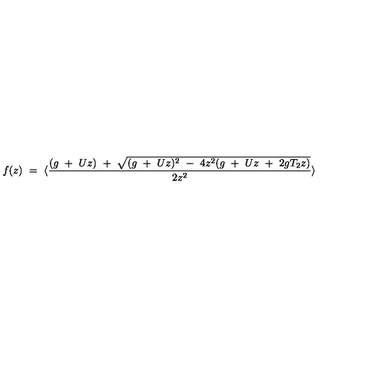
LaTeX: f ( z ) \ = \ \langle { \frac { ( g \ + \ U z ) \ + \ \sqrt { ( g \ + \ U z ) ^ { 2 } \ - \ 4 z ^ { 2 } ( g \ + \ U z \ + \ 2 g T _ { 2 } z ) } } { 2 z ^ { 2 } } } \rangle